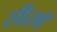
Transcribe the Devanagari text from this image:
सीसॉ